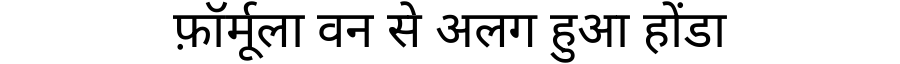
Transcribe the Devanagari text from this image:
फ़ॉर्मूला वन से अलग हुआ होंडा